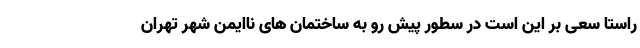
راستا سعی بر این است در سطور پیش رو به ساختمان های ناایمن شهر تهران